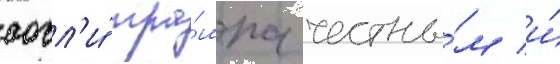
сочл'и́ тра́мпа честны́м и́